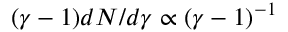
( \gamma - 1 ) d N / d \gamma \propto ( \gamma - 1 ) ^ { - 1 }